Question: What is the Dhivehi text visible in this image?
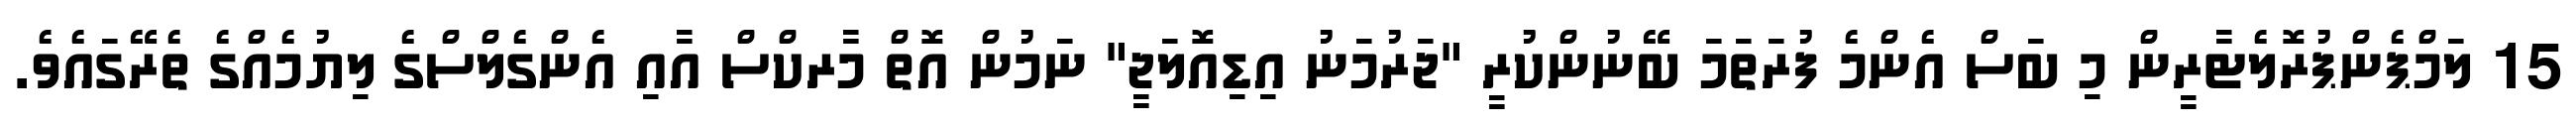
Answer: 15 ލަމްޕެންޕުރޮލެޓާރީން މި ބަސް އެންމެ ފުރަތަމަ ބޭނުންކުރީ "ޖަރުމަނު އިޑިއޮލަޖީ" ނަމުން އޮތް މާރކްސް އާއި އެންގެލްސްގެ ލިޔުމެއްގެ ތެރޭގައެވެ.